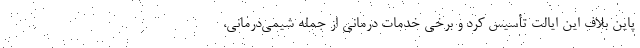
پاین بلاف این ایالت تأسیس کرد و برخی خدمات درمانی از جمله شیمی‌درمانی،